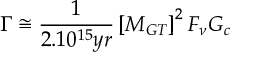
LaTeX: \Gamma \cong \frac { 1 } { 2 . 1 0 ^ { 1 5 } y r } \left[ M _ { G T } \right] ^ { 2 } F _ { \nu } G _ { c }